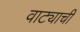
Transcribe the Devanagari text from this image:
वाट्याची